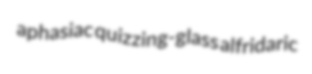
aphasiac quizzing-glass alfridaric